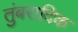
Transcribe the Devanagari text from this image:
तुंबरादिक